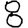
Digit: 8